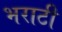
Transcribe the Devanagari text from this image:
भराटी